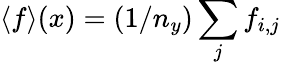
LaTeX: \langle f\rangle(x)=(1/n_{y})\sum_{j}f_{i,j}